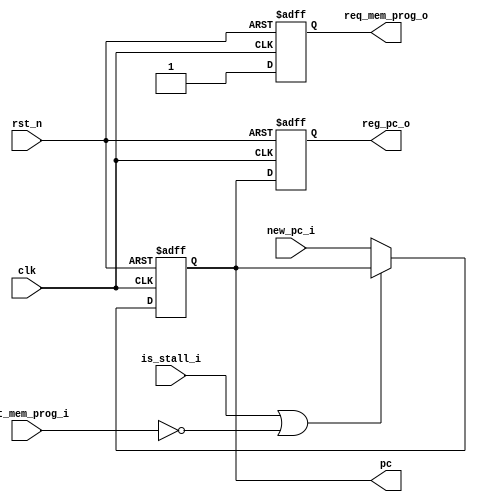
`timescale 1ns/1ps
`default_nettype none

`ifdef CUSTOM_DEFINE
    `include "../defines.vh"
`endif

// Module Declaration
module programCounter 
    `ifdef CUSTOM_DEFINE
		#(parameter REG_DATA_WIDTH = `REG_DATA_WIDTH) 
	`else
		#(parameter REG_DATA_WIDTH = 32) 
	`endif
    (
    rst_n,
    clk,
    new_pc_i,  // New PC
    pc, // PC
    reg_pc_o,
    is_stall_i,
    req_mem_prog_o,  // Request to make action
    gnt_mem_prog_i  // Action Granted 
    );

    input rst_n, clk;
    input is_stall_i;
    input [REG_DATA_WIDTH-1:0] new_pc_i;
    output [REG_DATA_WIDTH-1:0] pc;
    output [REG_DATA_WIDTH-1:0] reg_pc_o;
    output req_mem_prog_o;  // Request to make action
    input gnt_mem_prog_i;  // Action Granted 

    wire [REG_DATA_WIDTH-1:0] new_pc;
    reg [REG_DATA_WIDTH-1:0] pc;
    reg [REG_DATA_WIDTH-1:0] reg_pc_o;
    reg req_mem_prog_o;
    reg exec;

    assign new_pc = (is_stall_i || ~gnt_mem_prog_i)? pc : new_pc_i; 

    always@(posedge clk or negedge rst_n)
    begin
        req_mem_prog_o <= 1'b1;
        exec <= 1'b0;
        if (!rst_n) begin 
            pc <= {REG_DATA_WIDTH{1'b0}};  //{{REG_DATA_WIDTH-2{1'b1}}, 2'b00};
            reg_pc_o <= {REG_DATA_WIDTH{1'b0}};
            req_mem_prog_o <= 1'b0;
        end 
        else begin
            pc <= new_pc;
            reg_pc_o <= pc;
        end 

        
    end



    

    
endmodule
`default_nettype wire

// `timescale 1ns/1ps
// `default_nettype none

// `ifdef CUSTOM_DEFINE
//     `include "../defines.vh"
// `endif

// // Module Declaration
// module programCounter 
//     `ifdef CUSTOM_DEFINE
// 		#(parameter MEM_ADDR_WIDTH = `MEM_ADDR_WIDTH) 
// 	`else
// 		#(parameter MEM_ADDR_WIDTH = 10) 
// 	`endif
//     (
//     rst_n,
//     clk,
//     offset_i,
//     is_branch_i,
//     is_absolute_i,
//     is_stall_i,
//     addr,
//     req_mem_prog_o,  // Request to make actiopn
//     gnt_mem_prog_i  // Action Granted 
//     );

//     input rst_n, clk;
//     input is_branch_i;
//     input is_absolute_i;
//     input is_stall_i;
//     input [MEM_ADDR_WIDTH-1:0] offset_i;
//     output [MEM_ADDR_WIDTH-1:0] addr;
//     output req_mem_prog_o;  // Request to make actiopn
//     input gnt_mem_prog_i;  // Action Granted 

//     reg [MEM_ADDR_WIDTH-1:0] addr;
//     reg req_mem_prog_o;

//     wire [MEM_ADDR_WIDTH-1:0] offset;

//     assign offset = (is_branch_i === 1'b1)? offset_i : (is_stall_i) ? {MEM_ADDR_WIDTH{1'b0}} : {{MEM_ADDR_WIDTH-3{1'b0}},3'd4};  // decide to add 4 or offset if is branch

//     always@(posedge clk or negedge rst_n)
//     begin
//         req_mem_prog_o = 1'b1;
//         if (!rst_n) begin 
//             addr <= {MEM_ADDR_WIDTH{1'b0}};  //{{MEM_ADDR_WIDTH-2{1'b1}}, 2'b00};
//         end 
//         else if (gnt_mem_prog_i) begin
//             if (is_absolute_i === 1'b1) begin
//                 addr <= offset;
//             end
//             else if (is_stall_i === 1'b1) begin
//                 // TODO: Stall signal
//             end
//             else begin
//                 addr <= addr + offset;
//             end
//         end
        
//     end
// endmodule
// `default_nettype wire